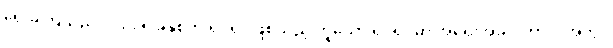
ရေးခဲ့ကြသည်။ ၁၉၉၅ ခုနှစ်က ရုပ်ရှင်ဖြစ်သည့် ဟူသော ရုပ်ရှင်မှာ အရေးအခင်းကာလအတွင်